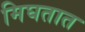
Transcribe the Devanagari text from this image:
मिघतात